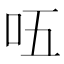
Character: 㕶